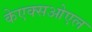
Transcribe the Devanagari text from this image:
केएक्सओएल